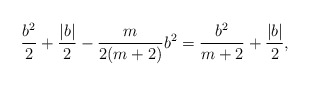
\begin{align*}\frac{b^2}{2} + \frac{|b|}{2} - \frac{m}{2(m+2)} b^2 = \frac{b^2}{m+2} + \frac{|b|}{2},\end{align*}